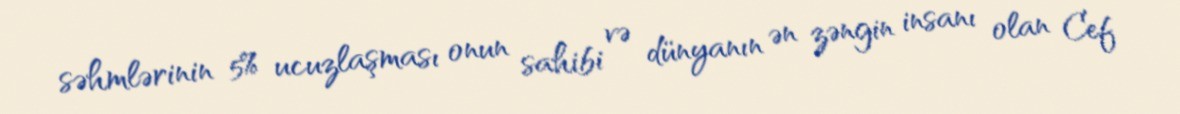
səhmlərinin 5% ucuzlaşması onun sahibi və dünyanın ən zəngin insanı olan Cef